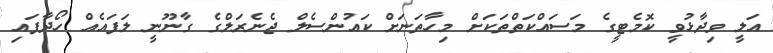
އަލީ ވިދާޅުވީ ކޮމެޓީގެ މަސައްކަތްތަކަށް މިހާތަނަށް ކައުންސެލް ޖެނެރަލްގެ ގާނޫނީ ލަފައެއް ހޯދާފައި